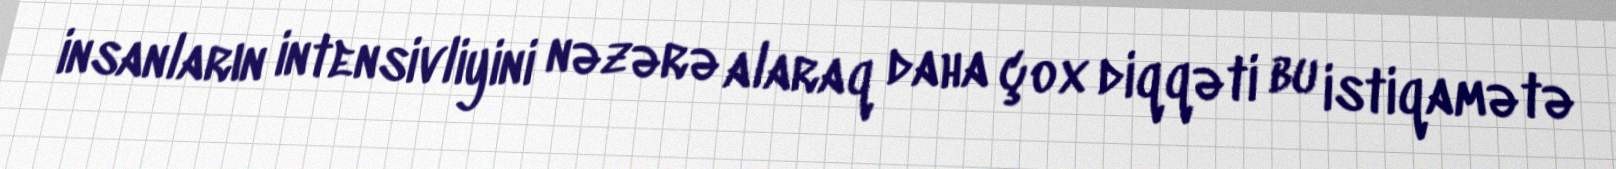
insanların intensivliyini nəzərə alaraq daha çox diqqəti bu istiqamətə